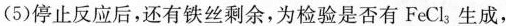
(5)停止反应后，还有铁丝剩余，为检验是否有FeCl_{3}生成，